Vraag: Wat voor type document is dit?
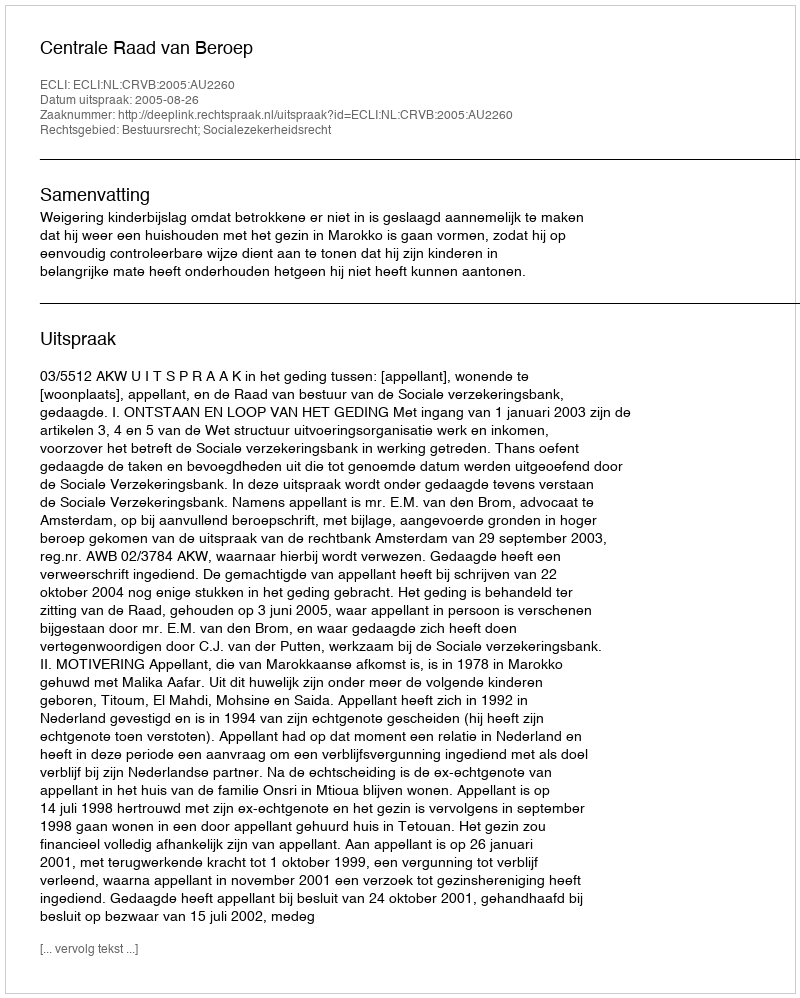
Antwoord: Uitspraak